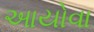
આયોવા